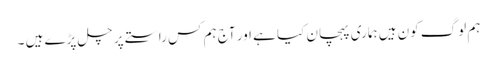
ہم لوگ کون ہیں ہماری پہچان کیا ہے اور آج ہم کس راستے پر چل پڑے ہیں ۔